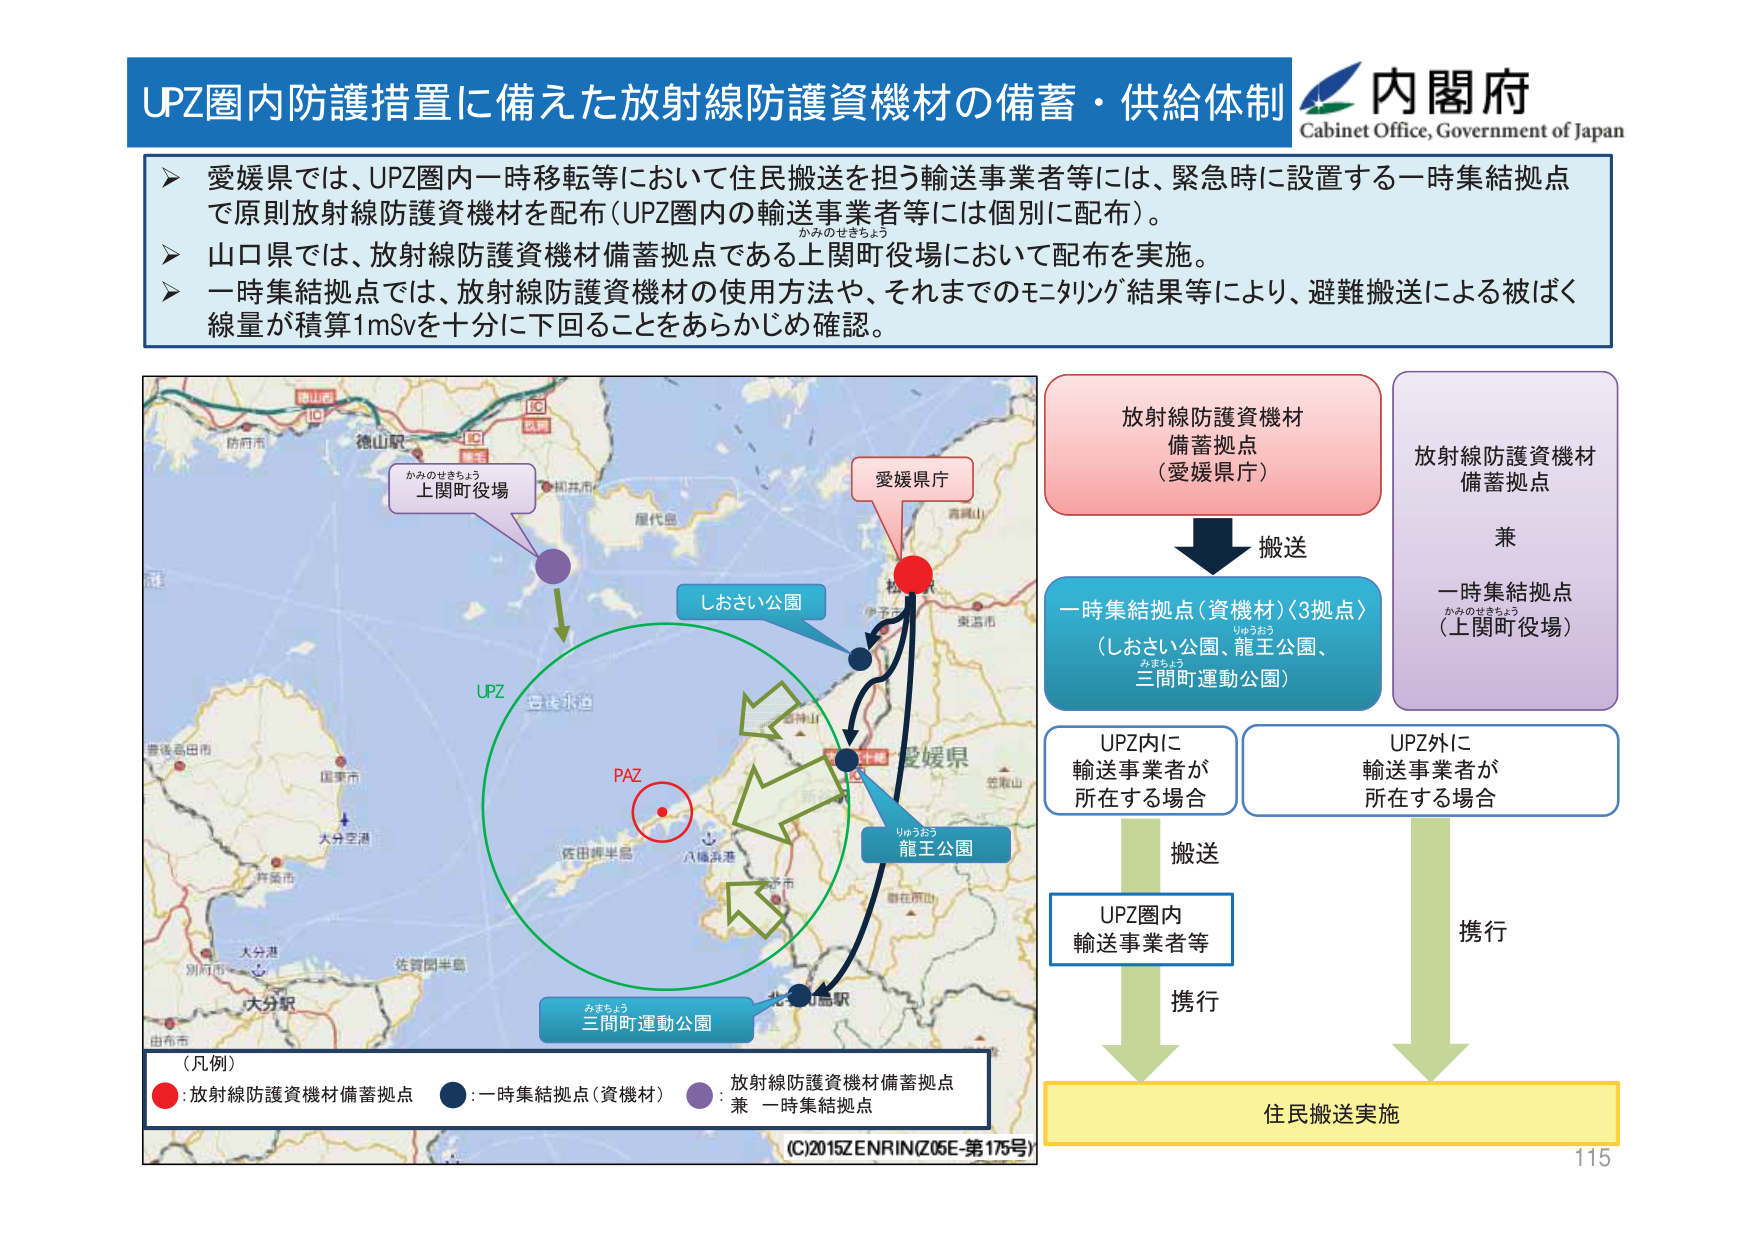
UPZ圏内防護措置に備えた放射線防護資機材の備蓄・供給体制
内閣府
Cabinet Office, Government of Japan

愛媛県では、UPZ圏内一時移転等において住民搬送を担う輸送事業者等には、緊急時に設置する一時集結拠点で原則放射線防護資機材を配布（UPZ圏内の輸送事業者等には個別に配布）。
山口県では、放射線防護資機材備蓄拠点である上関町役場において配布を実施。
一時集結拠点では、放射線防護資機材の使用方法や、それまでのモニタリング結果等により、避難搬送による被ばく線量が積算1mSvを十分に下回ることをあらかじめ確認。

放射線防護資機材
備蓄拠点
（愛媛県庁）

放射線防護資機材
備蓄拠点
兼
一時集結拠点
（上関町役場）

搬送

一時集結拠点（資機材）〈3拠点〉
（しおさい公園、龍王公園、三間町運動公園）

UPZ内に
輸送事業者が
所在する場合

UPZ外に
輸送事業者が
所在する場合

搬送

UPZ圏内
輸送事業者等

携行

携行

住民搬送実施

（凡例）
●：放射線防護資機材備蓄拠点
●：一時集結拠点（資機材）
●：放射線防護資機材備蓄拠点
兼 一時集結拠点

かみのせきちょう
上関町役場
しおさい公園
龍王公園
三間町運動公園
PAZ
UPZ
愛媛県庁
愛媛県
徳山駅
防府市
加茂市
屋代島
西岡山
東温市
松山市
伊予市
大分空港
大分市
別府市
大分駅
由布市
佐賀関半島
八幡浜港
佐田岬半島
北宇和島駅
（C）2015ZENRIN（Z05E-第175号）
115